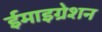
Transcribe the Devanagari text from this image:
ईमाइग्रेशन